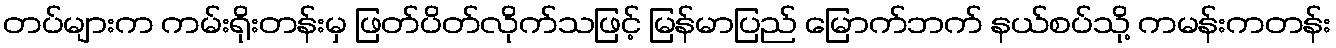
တပ်များက ကမ်းရိုးတန်းမှ ဖြတ်ပိတ်လိုက်သဖြင့် မြန်မာပြည် မြောက်ဘက် နယ်စပ်သို့ ကမန်းကတန်း